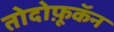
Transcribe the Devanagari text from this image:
तोदोफ़ूकॅन